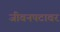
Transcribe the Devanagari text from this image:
जीवनपटावर